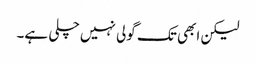
لیکن ابھی تک گولی نہیں چلی ہے۔